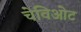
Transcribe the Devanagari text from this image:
चेविओट